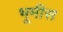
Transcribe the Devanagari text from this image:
भूमीस